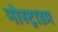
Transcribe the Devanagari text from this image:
नोस्ट्राडम